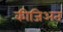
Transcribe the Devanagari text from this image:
कीजिअत